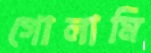
গোলামি